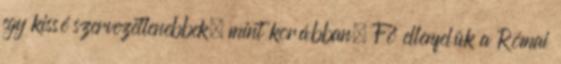
egy kissé szervezetlenebbek, mint korábban. Fő ellenfelük a Római